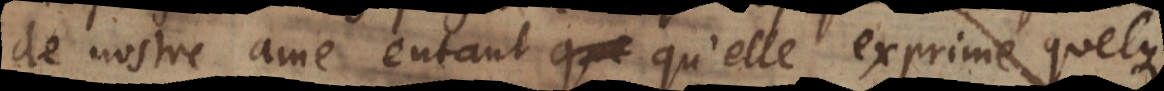
de nostre ame entant qu’elle exprime quelq